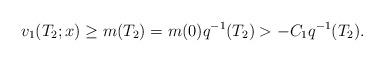
LaTeX: \begin{align*} v_1(T_2;x)\geq m(T_2)=m(0)q^{-1}(T_2)>-C_1q^{-1}(T_2).\end{align*}